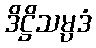
ဒိဋ္ဌိသမ္ပဒံ